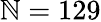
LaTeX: \mathbb{N}=129